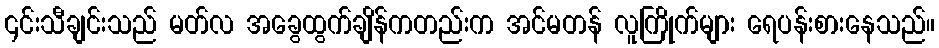
၎င်းသီချင်းသည် မတ်လ အခွေထွက်ချိန်ကတည်းက အင်မတန် လူကြိုက်များ ရေပန်းစားနေသည်။